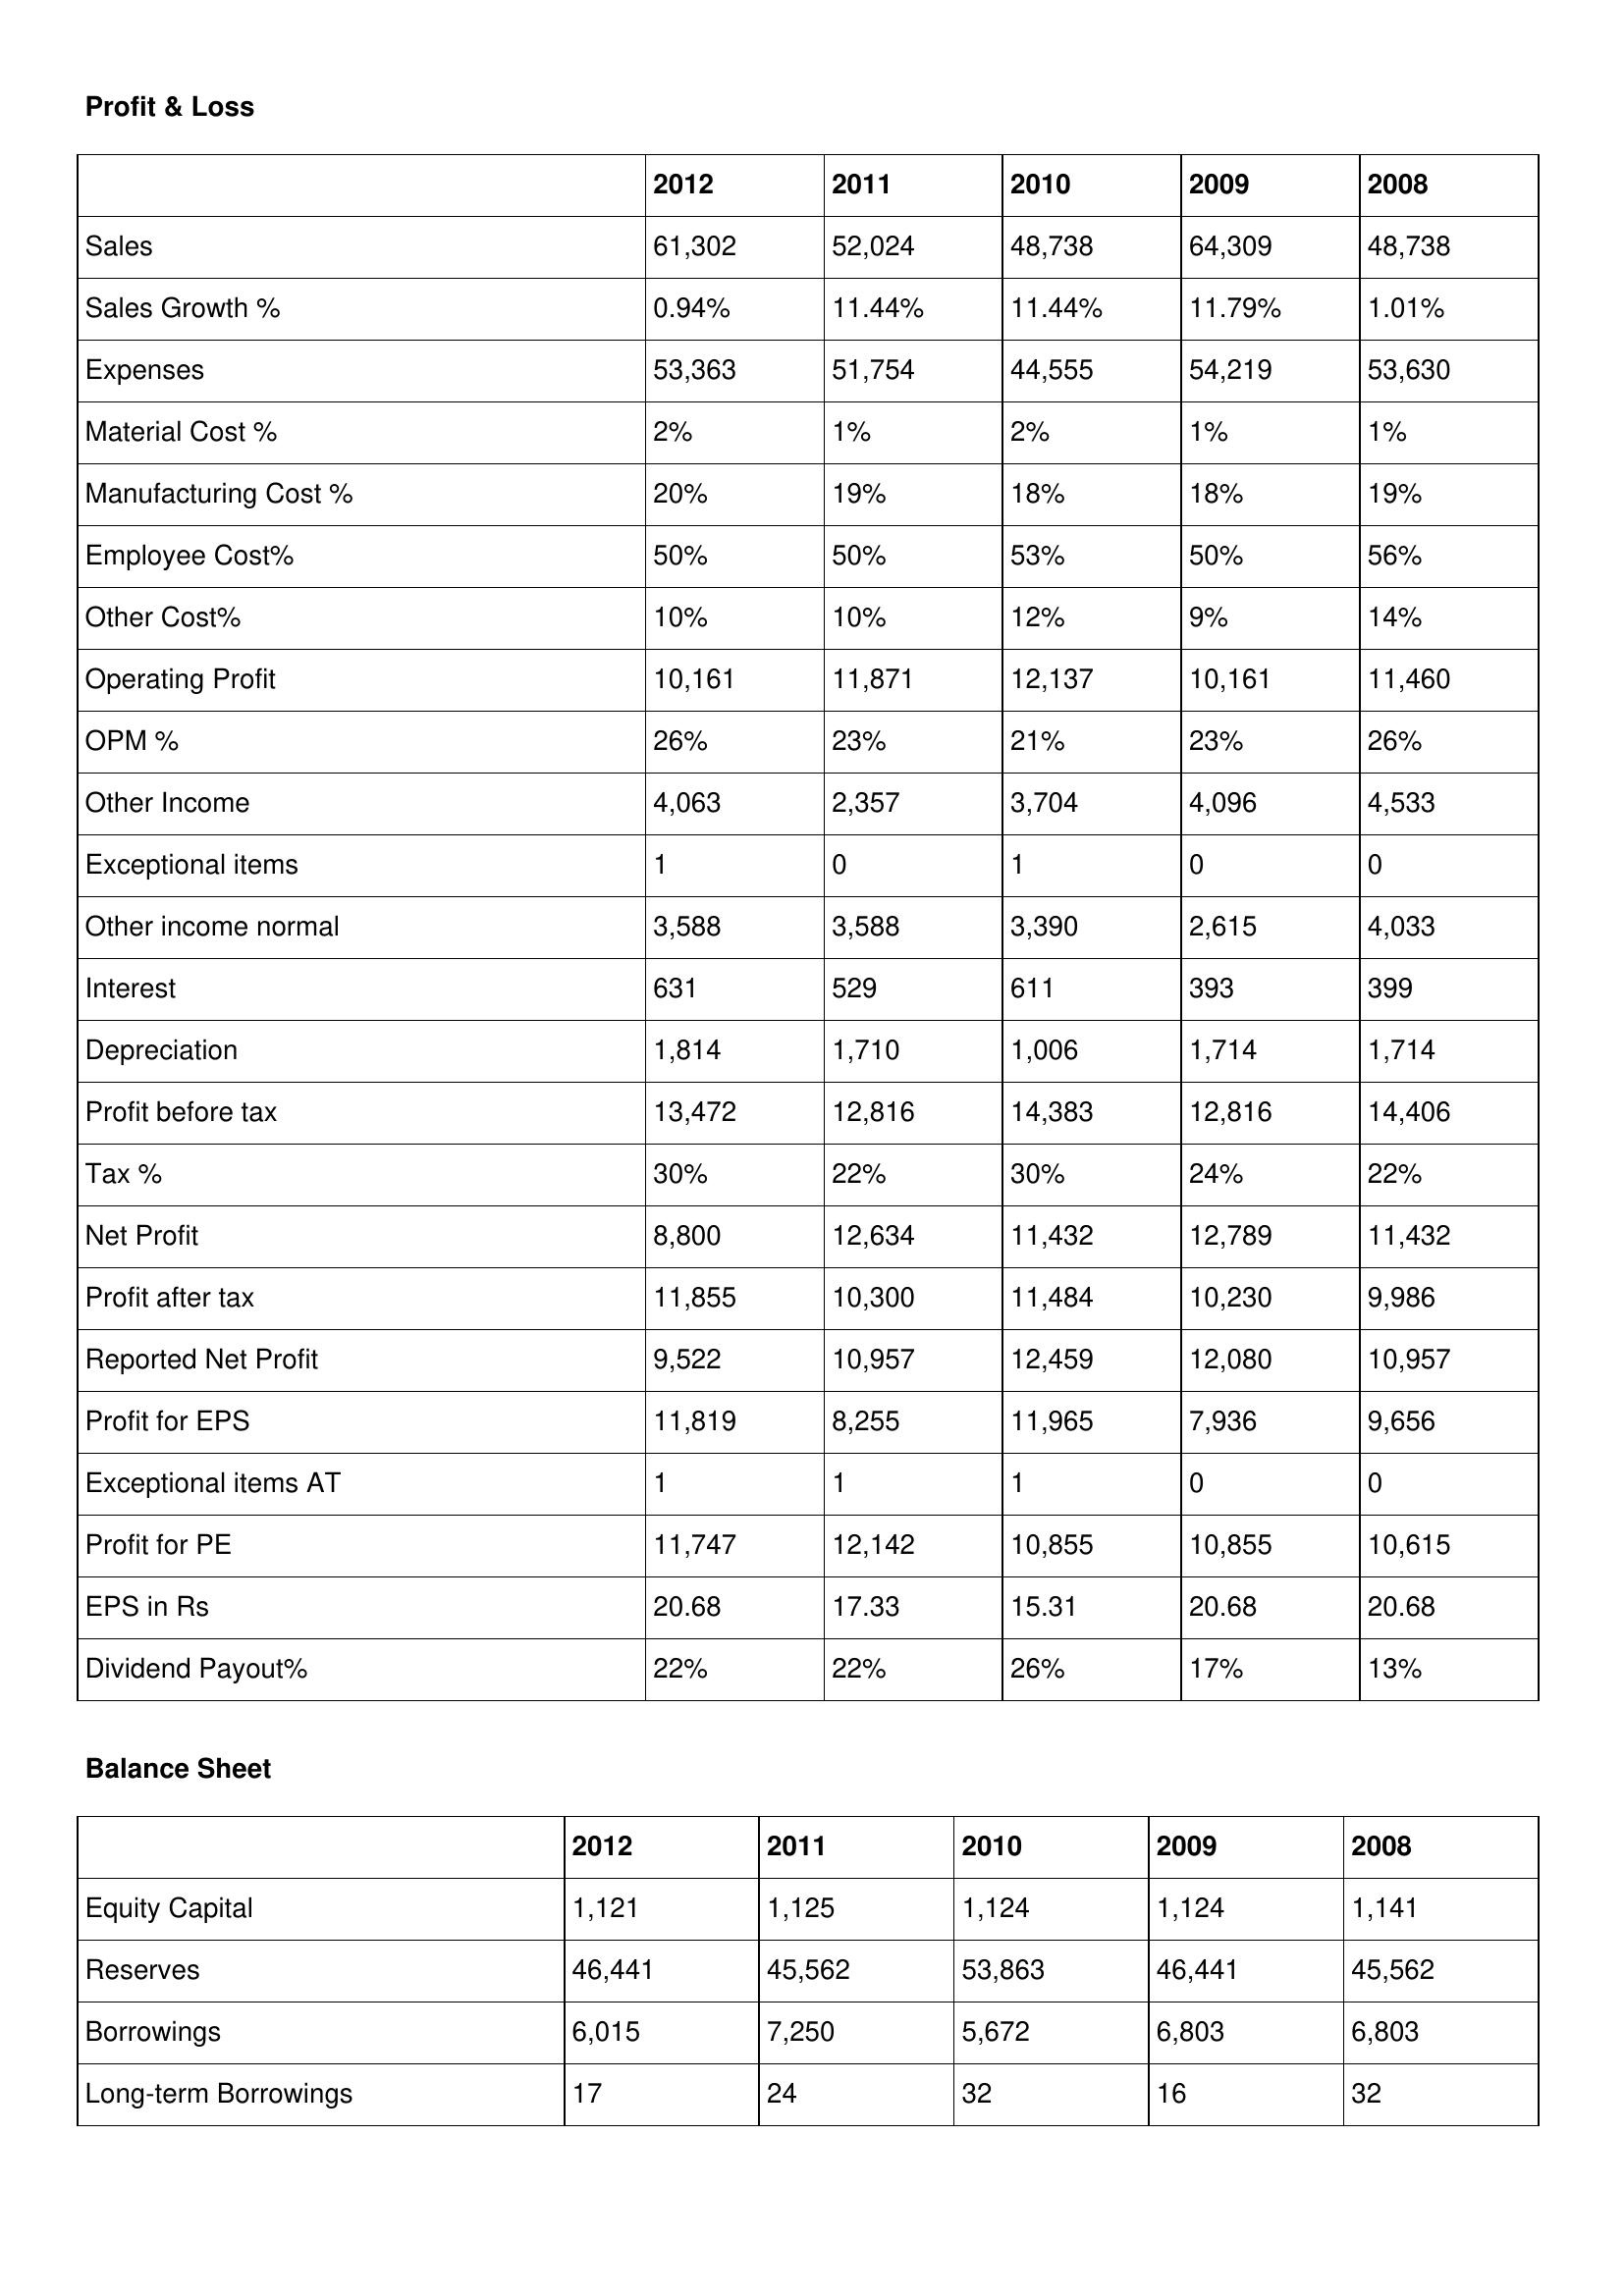
gt_parse: 2012: Profit & Loss: Sales: 61,302
Sales Growth %: 0.94%
Expenses: 53,363
Material Cost %: 2%
Manufacturing Cost %: 20%
Employee Cost%: 50%
Other Cost%: 10%
Operating Profit: 10,161
OPM %: 26%
Other Income: 4,063
Exceptional items: 1
Other income normal: 3,588
Interest: 631
Depreciation: 1,814
Profit before tax: 13,472
Tax %: 30%
Net Profit: 8,800
Profit after tax: 11,855
Reported Net Profit: 9,522
Profit for EPS: 11,819
Exceptional items AT: 1
Profit for PE: 11,747
EPS in Rs: 20.68
Dividend Payout%: 22%
Balance Sheet: Equity Capital: 1,121
Reserves: 46,441
Borrowings: 6,015
Long-term Borrowings: 17
2011: Profit & Loss: Sales: 52,024
Sales Growth %: 11.44%
Expenses: 51,754
Material Cost %: 1%
Manufacturing Cost %: 19%
Employee Cost%: 50%
Other Cost%: 10%
Operating Profit: 11,871
OPM %: 23%
Other Income: 2,357
Exceptional items: 0
Other income normal: 3,588
Interest: 529
Depreciation: 1,710
Profit before tax: 12,816
Tax %: 22%
Net Profit: 12,634
Profit after tax: 10,300
Reported Net Profit: 10,957
Profit for EPS: 8,255
Exceptional items AT: 1
Profit for PE: 12,142
EPS in Rs: 17.33
Dividend Payout%: 22%
Balance Sheet: Equity Capital: 1,125
Reserves: 45,562
Borrowings: 7,250
Long-term Borrowings: 24
2010: Profit & Loss: Sales: 48,738
Sales Growth %: 11.44%
Expenses: 44,555
Material Cost %: 2%
Manufacturing Cost %: 18%
Employee Cost%: 53%
Other Cost%: 12%
Operating Profit: 12,137
OPM %: 21%
Other Income: 3,704
Exceptional items: 1
Other income normal: 3,390
Interest: 611
Depreciation: 1,006
Profit before tax: 14,383
Tax %: 30%
Net Profit: 11,432
Profit after tax: 11,484
Reported Net Profit: 12,459
Profit for EPS: 11,965
Exceptional items AT: 1
Profit for PE: 10,855
EPS in Rs: 15.31
Dividend Payout%: 26%
Balance Sheet: Equity Capital: 1,124
Reserves: 53,863
Borrowings: 5,672
Long-term Borrowings: 32
2009: Profit & Loss: Sales: 64,309
Sales Growth %: 11.79%
Expenses: 54,219
Material Cost %: 1%
Manufacturing Cost %: 18%
Employee Cost%: 50%
Other Cost%: 9%
Operating Profit: 10,161
OPM %: 23%
Other Income: 4,096
Exceptional items: 0
Other income normal: 2,615
Interest: 393
Depreciation: 1,714
Profit before tax: 12,816
Tax %: 24%
Net Profit: 12,789
Profit after tax: 10,230
Reported Net Profit: 12,080
Profit for EPS: 7,936
Exceptional items AT: 0
Profit for PE: 10,855
EPS in Rs: 20.68
Dividend Payout%: 17%
Balance Sheet: Equity Capital: 1,124
Reserves: 46,441
Borrowings: 6,803
Long-term Borrowings: 16
2008: Profit & Loss: Sales: 48,738
Sales Growth %: 1.01%
Expenses: 53,630
Material Cost %: 1%
Manufacturing Cost %: 19%
Employee Cost%: 56%
Other Cost%: 14%
Operating Profit: 11,460
OPM %: 26%
Other Income: 4,533
Exceptional items: 0
Other income normal: 4,033
Interest: 399
Depreciation: 1,714
Profit before tax: 14,406
Tax %: 22%
Net Profit: 11,432
Profit after tax: 9,986
Reported Net Profit: 10,957
Profit for EPS: 9,656
Exceptional items AT: 0
Profit for PE: 10,615
EPS in Rs: 20.68
Dividend Payout%: 13%
Balance Sheet: Equity Capital: 1,141
Reserves: 45,562
Borrowings: 6,803
Long-term Borrowings: 32